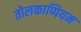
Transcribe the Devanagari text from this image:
तोलकाप्पियम